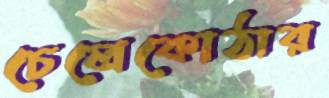
চেলেকোঠার